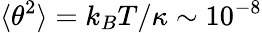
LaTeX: \langle\theta^{2}\rangle=k_{B}T/\kappa\sim 10^{-8}